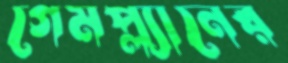
গেমপ্ল্যানের